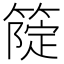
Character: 𥲗